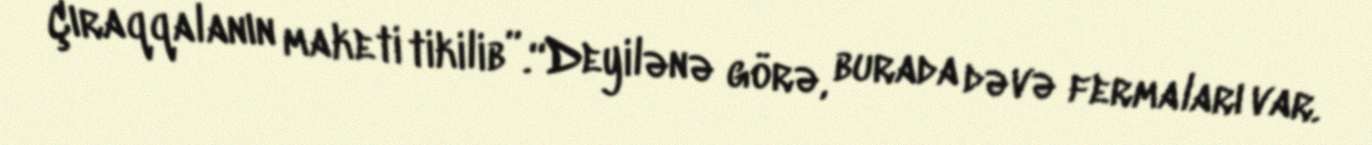
Çıraqqalanın maketi tikilib”.“Deyilənə görə, burada dəvə fermaları var.